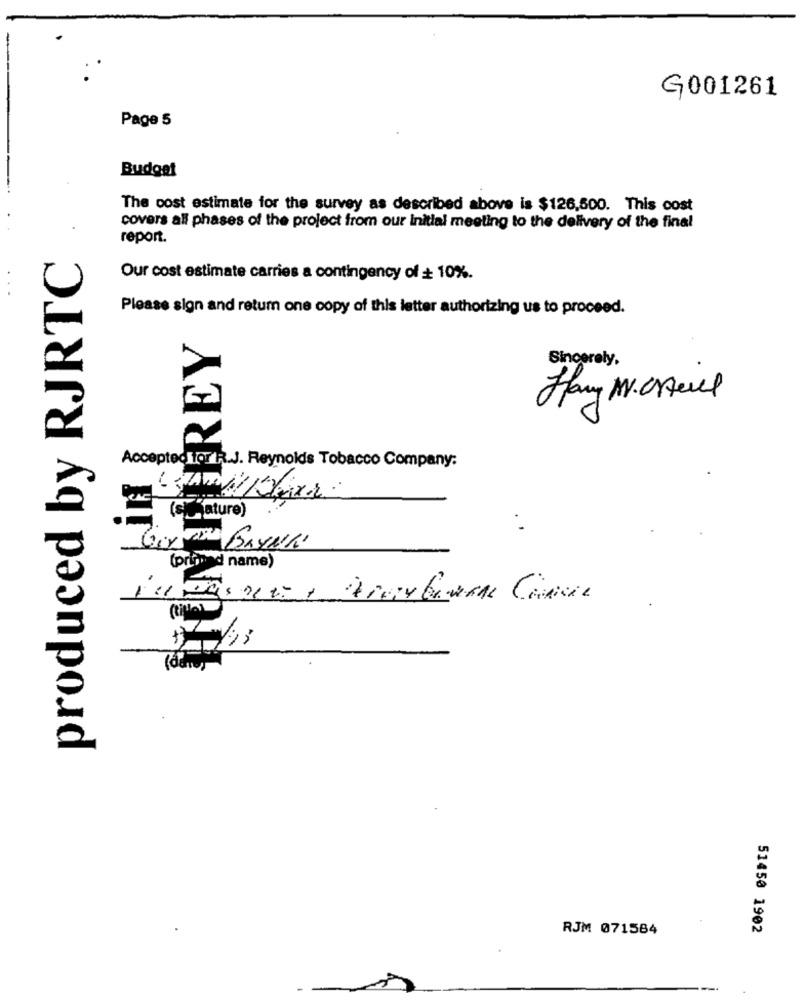
G001261
Page 5
Budget
The cost estimate for the survey as described above is $126,500. This cost
covers all phases of the project from our initial meeting to the delivery of the final
report.
produced by RJRTC
Our cost estimate carries a contingency of + 10%.
Please sign and return one copy of this letter authorizing us to proceed.
BIREY
Sincerely,
Hary M. CAcil
Y
Accepted for R.J. Reynolds Tobacco Company:
(sature)
. !
(primnad name)
RJM 071584
51450 1902